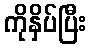
ကိုနှိပ်ပြီး